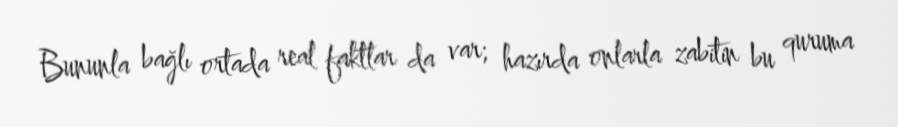
Bununla bağlı ortada real faktlar da var; hazırda onlarla zabitin bu quruma